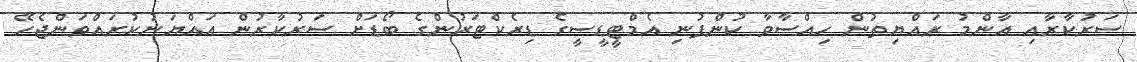
ސަރުކާރާއި އާންމު ރައްޔިތުން ހިއްސާވާ ކުންފުނި އެމްޓީޑީސީގެ ޑިރެކްޓަރުންގެ ބޯޑަށް ސަރުކާރުން އައްޔަނުކުރައްވަންޖެހޭ